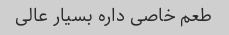
طعم خاصی داره بسیار عالی